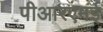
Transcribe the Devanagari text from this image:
पीआरएमई